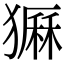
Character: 𤡫